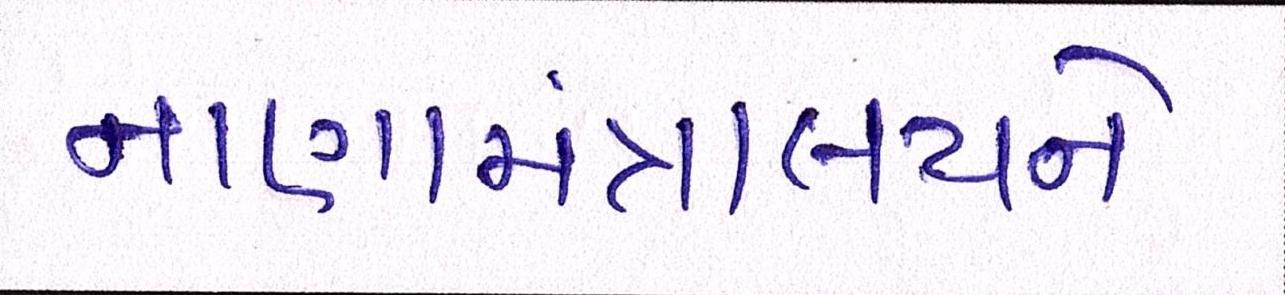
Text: નાણામંત્રાલયને